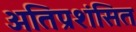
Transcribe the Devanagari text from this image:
अतिप्रशंसित